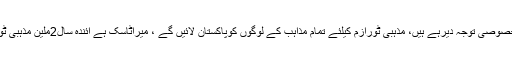
عمران خان ٹورازم پرخصوصی توجہ دیرہے ہیں، مذہبی ٹورازم کیلئے تمام مذاہب کے لوگوں کوپاکستان لائیں گے ، میراٹاسک ہے آئندہ سال2ملین مذہبی ٹورازم پاکستان لائوں گا۔